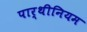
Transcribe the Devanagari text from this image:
पार्थीनियम